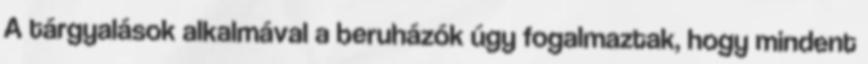
A tárgyalások alkalmával a beruházók úgy fogalmaztak, hogy mindent